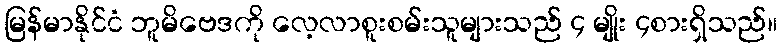
မြန်မာနိုင်ငံ ဘူမိဗေဒကို လေ့လာစူးစမ်းသူများသည် ၄ မျိုး ၄စားရှိသည်။